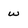
Character: w